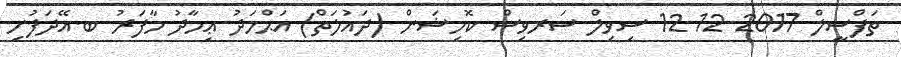
ތަފްސީލް 2017-12-12 ސިވިލް ސަރވިސް ކޮމިޝަން (ދައުލަތް) އަޙްމަދު ޢިމާދު މާފަރު ބ.އޭދަފުށި